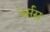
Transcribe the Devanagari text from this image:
नर्सस